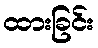
ထားခြင်း